Civil Veterinary Department Bengal reports 1933-51 - 1933-1951
Year: 1933
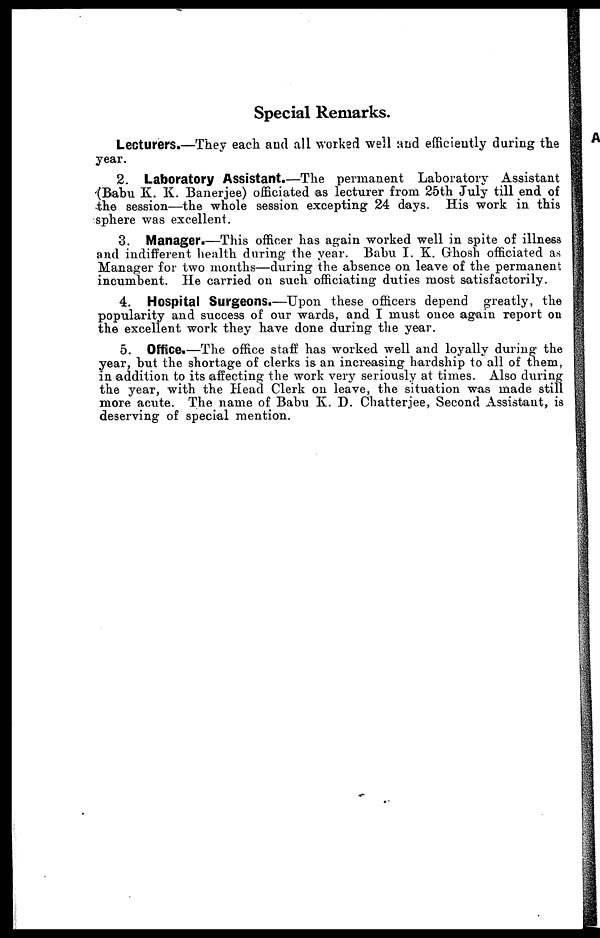
Special Remarks.
Lecturers.—They each and all worked well and efficiently during the
year.
2. Laboratory Assistant.—The permanent Laboratory Assistant
(Babu K. K. Banerjee) officiated as lecturer from 25th July till end of
the session—the whole session excepting 24 days. His work in this
sphere was excellent.
3. Manager.—This officer has again worked well in spite of illness
and indifferent health during the year. Babu I. K. Ghosh officiated as
Manager for two months—during the absence on leave of the permanent
incumbent. He carried on such officiating duties most satisfactorily.
4. Hospital Surgeons.—Upon these officers depend greatly, the
popularity and success of our wards, and I must once again report on
the excellent work they have done during the year.
5. Office.—The office staff has worked well and loyally during the
year, but the shortage of clerks is an increasing hardship to all of them,
in addition to its affecting the work very seriously at times. Also during
the year, with the Head Clerk on leave, the situation was made still
more acute. The name of Babu K. D. Chatterjee, Second Assistant, is
deserving of special mention.